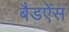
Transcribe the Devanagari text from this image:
बैडऐस